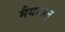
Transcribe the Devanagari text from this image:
मैयारुल्